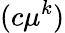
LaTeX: (c\mu^{k})